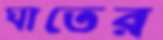
ঘাতের